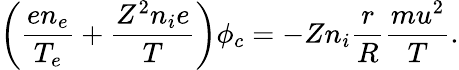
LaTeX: \left(\frac{en_{e}}{T_{e}}+\frac{Z^{2}n_{i}e}{T}\right)\phi_{c}=-Zn_{i}\frac{r}{R}\frac{mu^{2}}{T}.